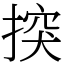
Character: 揬